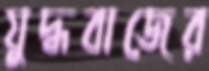
যুদ্ধবাজের